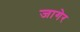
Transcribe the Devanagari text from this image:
जागेर